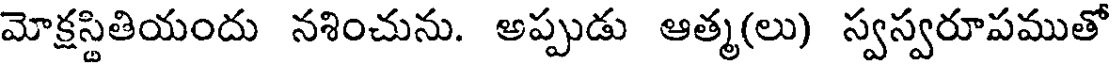
మోక్షస్టితియందు నశించును. అప్పుడు ఆత్మ(లు) స్వస్వరూపముతో